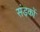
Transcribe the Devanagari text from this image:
संड़कों